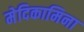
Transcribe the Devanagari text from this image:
मेदिकामिना